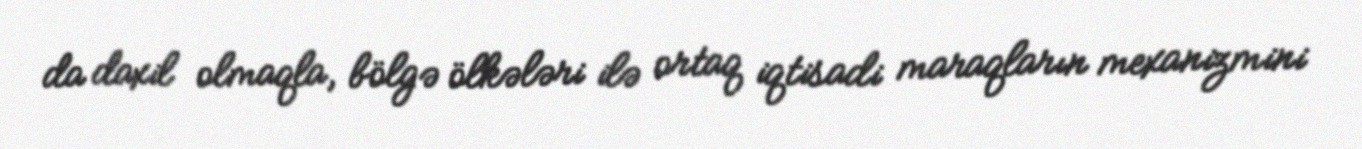
da daxil olmaqla, bölgə ölkələri ilə ortaq iqtisadi maraqların mexanizmini